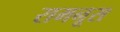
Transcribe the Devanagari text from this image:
रामनूस